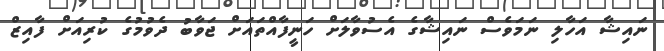
ނައިޝާ އަހާލި ނަމަވެސް ނައިޝާގެ އެސުވާލަށް ހަނީފާއްތައަށް ޖަވާބު ދެވުމުގެ ކުރިއަށް ފާއިޒް